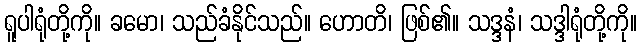
ရူပါရုံတို့ကို။ ခမော၊ သည်ခံနိုင်သည်။ ဟောတိ၊ ဖြစ်၏။ သဒ္ဒနံ၊ သဒ္ဒါရုံတို့ကို။